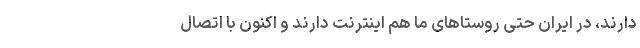
دارند، در ایران حتی روستاهای ما هم اینترنت دارند و اکنون با اتصال